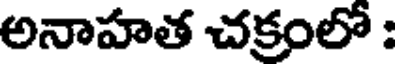
అనాహత చక్రంలో :